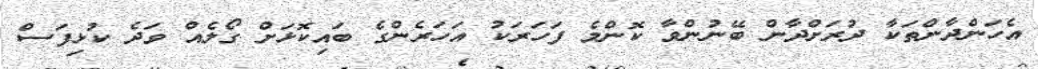
އެހަންދާންތަކާ ދުރަށްދާން ބޭނުންވާ ކޮންމެ ފަހަރަކު އަހަރެންގެ ބައިކޮޅަށް ގޯލެއް ވަދެ ކުޅިފަސް